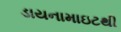
ડાયનામાઇટથી